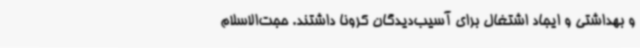
و بهداشتی و ایجاد اشتغال برای آسیب‌دیدگان کرونا داشتند. حجت‌الاسلام